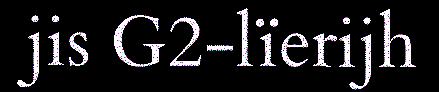
jis G2-lïerijh